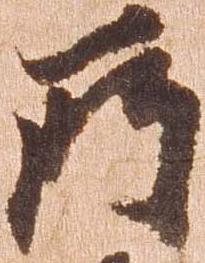
所